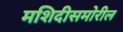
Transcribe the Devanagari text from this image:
मशिदीसमोरील